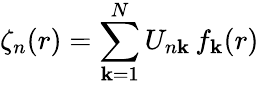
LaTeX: \zeta_{n}(r)=\sum_{\mathbf{k}=1}^{N}U_{n\mathbf{k}}\, f_{\mathbf{k}}(r)